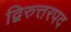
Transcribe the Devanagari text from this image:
द्विरुत्तरपद